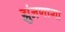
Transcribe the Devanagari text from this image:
झुंजणाऱ्या